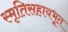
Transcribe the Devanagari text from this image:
स्मृतिसहायभूत